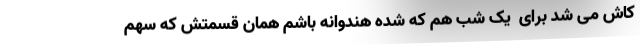
کاش می شد برای ِ یک شب هم که شده هندوانه باشم همان قسمتش که سهم ِ